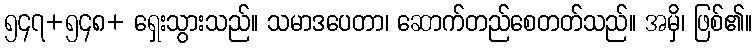
၅၄၇+၅၄၈+ ရှေးသွားသည်။ သမာဒပေတာ၊ ဆောက်တည်စေတတ်သည်။ အမှိ၊ ဖြစ်၏။